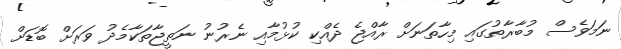
ނަމަވެސް މުބާރާތުގައި މިހާތަނަށް ރާއްޖެ ދެއްކި ކުޅުމާއި ނެރުނު ނަތީޖާތަކާމެދު ވަރަށް ބޮޑަށް